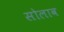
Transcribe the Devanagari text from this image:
सोलाव